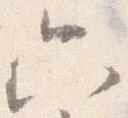
只